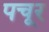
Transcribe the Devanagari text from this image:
पचूर